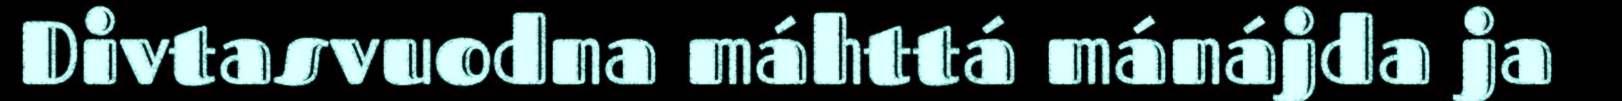
Divtasvuodna máhttá mánájda ja